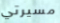
مسيرتي